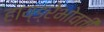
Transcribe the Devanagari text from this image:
हाय्ड्रेभोवती